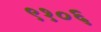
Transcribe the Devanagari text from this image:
९१०६